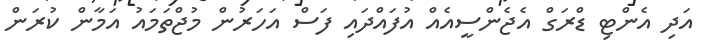
އަދި އެންޓި ޑްރަގް އެޖެންސީއެއް އުފައްދައި ފަސް އަހަރުން މުޖްތަމައު އަމާން ކުރަން